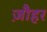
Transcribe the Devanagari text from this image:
ज़ौहर